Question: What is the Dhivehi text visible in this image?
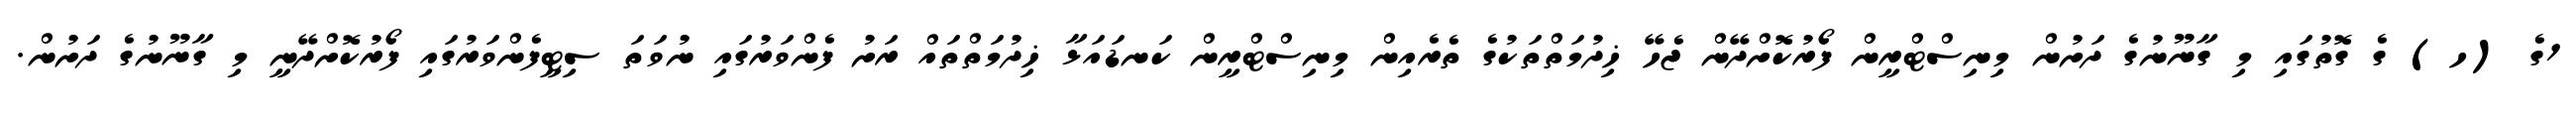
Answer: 1ގެ (ހ) ގެ ގޮތުގައި މި ގާނޫނުގެ ދަށުން މިނިސްޓްރީން ފޯރުކޮށްދޭން ޖެހޭ ޚިދުމަތްތަކުގެ ތެރެއިން މިނިސްޓްރީން ކަނޑައަޅާ ޚިދުމަތްތައް ރަށު ފެންވަރުގައި ނުވަތަ ސިޓީފެންވަރުގައި ފޯރުކޮށްދޭނީ މި ގާނޫނުގެ ދަށުން.